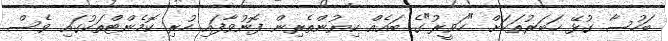
ބަހުސާ ގުޅޭ ޚަބަރުތަކަށް "ހަވީރު"ގެ ބައެއް ކިޔުންތެރިން ފޮނުވާފައި ހުރި ކޮމެންޓްތަކުގައި ވެސް